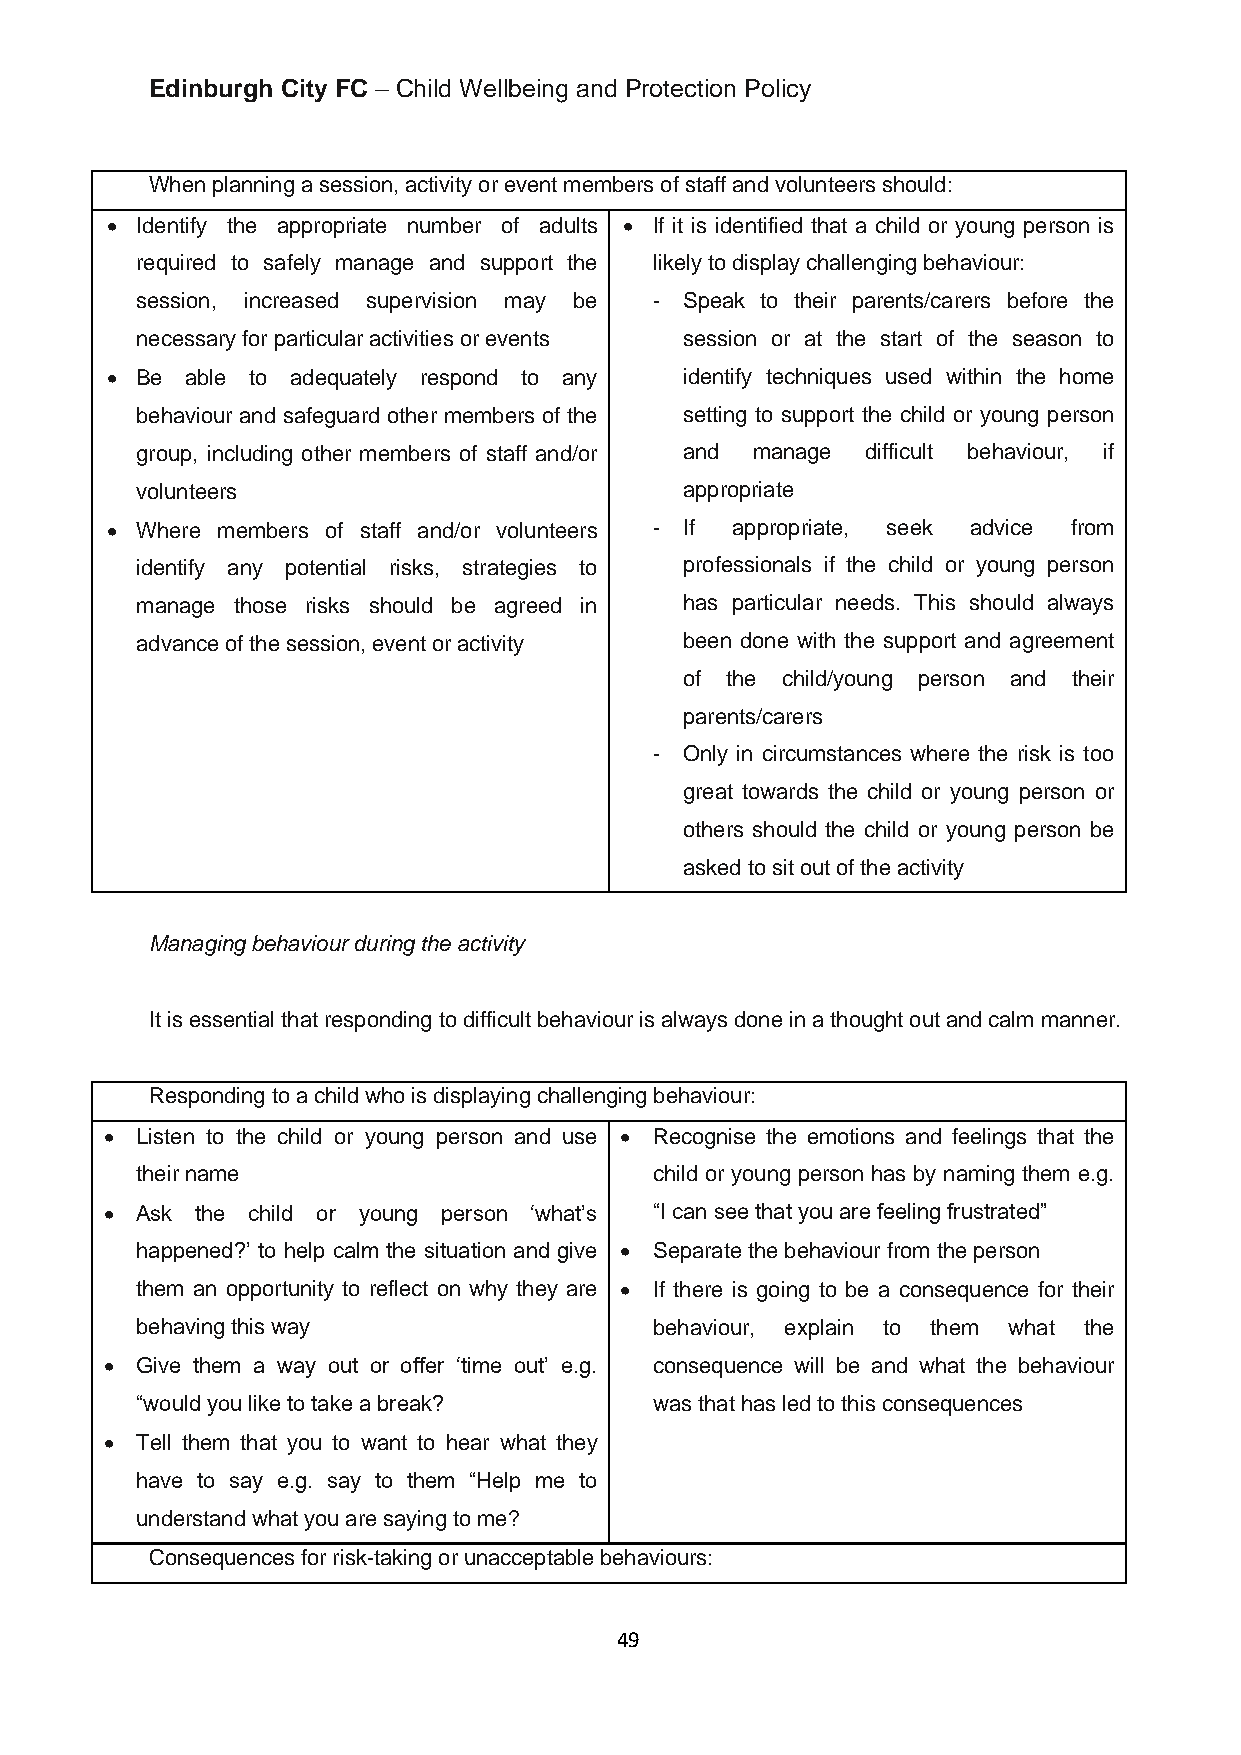
Edinburgh City FC – Child Wellbeing and Protection Policy
 When planning a session, activity or event members of staff and volunteers should:
 • Identify the appropriate number of adults • If it is identified that a child or young person is
 required to safely manage and support the likely to display challenging behaviour:
 session, increased supervision may be - Speak to their parents/carers before the
 necessary for particular activities or events session or at the start of the season to
 • Be able to adequately respond to any identify techniques used within the home
 behaviour and safeguard other members of the setting to support the child or young person
 group, including other members of staff and/or and manage difficult behaviour, if
 volunteers                          appropriate
 • Where members of staff and/or volunteers - If appropriate, seek advice from
 identify any potential risks, strategies to professionals if the child or young person
 manage those risks should be agreed in has particular needs. This should always
 advance of the session, event or activity been done with the support and agreement
 of the child/young person and their
 parents/carers
 - Only in circumstances where the risk is too
 great towards the child or young person or
 others should the child or young person be
 asked to sit out of the activity
 Managing behaviour during the activity
 It is essential that responding to difficult behaviour is always done in a thought out and calm manner.
 Responding to a child who is displaying challenging behaviour:
 • Listen to the child or young person and use • Recognise the emotions and feelings that the
 their name                        child or young person has by naming them e.g.
 • Ask the child or young person ‘what’s “I can see that you are feeling frustrated”
 happened?’ to help calm the situation and give • Separate the behaviour from the person
 them an opportunity to reflect on why they are • If there is going to be a consequence for their
 behaving this way                 behaviour, explain to them what the
 • Give them a way out or offer ‘time out’ e.g. consequence will be and what the behaviour
 “would you like to take a break?  was that has led to this consequences
 • Tell them that you to want to hear what they
 have to say e.g. say to them “Help me to
 understand what you are saying to me?
 Consequences for risk-taking or unacceptable behaviours:
 49